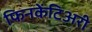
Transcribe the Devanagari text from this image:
फिनकेंटिअरी